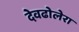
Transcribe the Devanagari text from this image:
देवढोलेरा